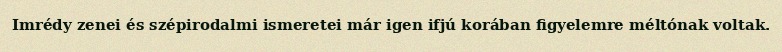
Imrédy zenei és szépirodalmi ismeretei már igen ifjú korában figyelemre méltónak voltak.